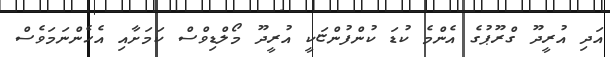
އަދި އުރީދޫ ގްރޫޕުގެ އެންމެ ކުޑަ ކުންފުންޏަކީ އުރީދޫ މޯލްޑިވްސް ކަމަށާއި އެހެންނަމަވެސް